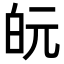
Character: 𭽋